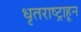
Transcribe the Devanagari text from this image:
धृतराष्ट्राहून